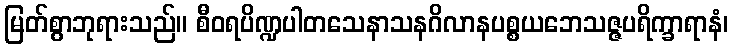
မြတ်စွာဘုရားသည်။ စီဝရပိဏ္ဍပါတသေနာသနဂိလာနပစ္စယဘေသဇ္ဇပရိက္ခာရာနံ၊